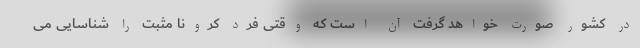
در کشور صورت خواهد گرفت آن است که وقتی فرد کرونا مثبت را شناسایی می